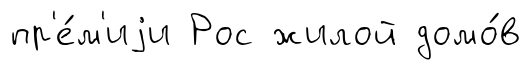
пр'е́м'иjи Рос жилой домо́в